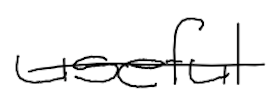
Text: useful
Cross-out: single-line
Writing tool: digital_black